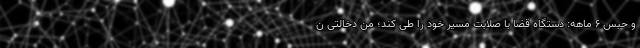
و حبس ۶ ماهه: دستگاه قضا با صلابت مسیر خود را طی کند؛ من دخالتی ن